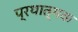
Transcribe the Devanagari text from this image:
प्रथात्मक